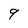
Character: 9